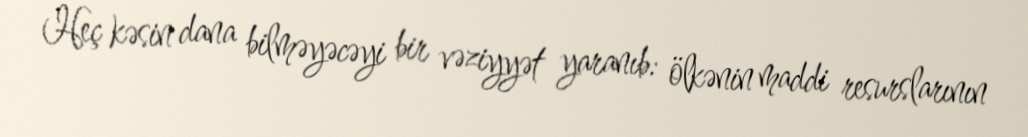
Heç kəsin dana bilməyəcəyi bir vəziyyət yaranıb: ölkənin maddi resurslarının